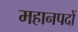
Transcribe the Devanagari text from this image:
महानपदों